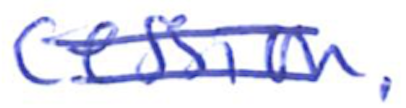
Text: cession.
Cross-out: double-line
Writing tool: ballpoint